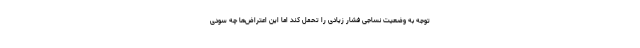
توجه به وضعیت نساجی فشار زیادی را تحمل کند اما این اعتراض‌ها چه سودی